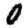
Digit: 0